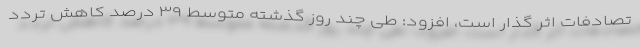
تصادفات اثر گذار است، افزود: طی چند روز گذشته متوسط ۳۹ درصد کاهش تردد